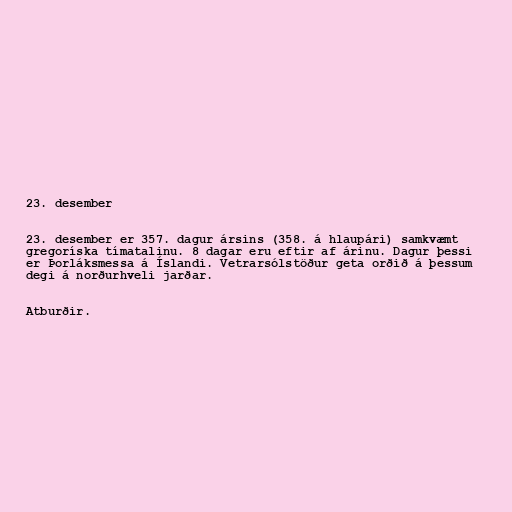
23. desember

23. desember er 357. dagur ársins (358. á hlaupári) samkvæmt
gregoríska tímatalinu. 8 dagar eru eftir af árinu. Dagur þessi
er Þorláksmessa á Íslandi. Vetrarsólstöður geta orðið á þessum
degi á norðurhveli jarðar.

Atburðir.